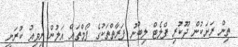
ތިން ރަށަކުން ދޫކުރި ފްލެޓް ލިބުނު ފަރާތްތަކުގެ ފޯމްތައް އަލުން ރިވިއު ކުރަނީ